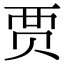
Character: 贾